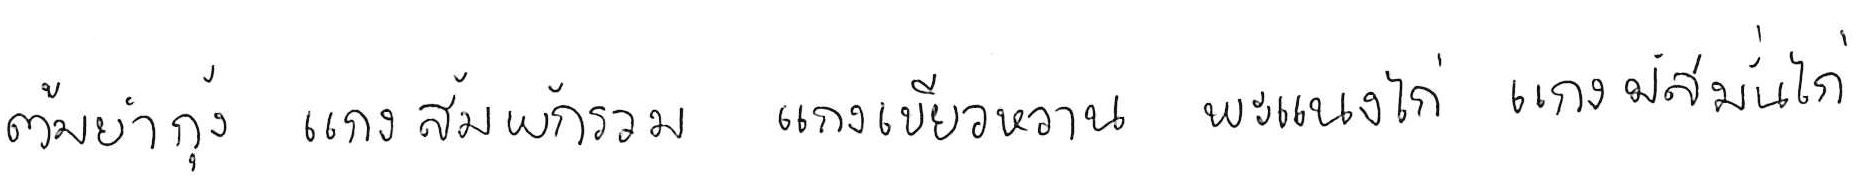
ต้มยำกุ้ง แกงส้มผักรวม แกงเขียวหวาน พะแนงไก่ แกงมัสมั่นไก่